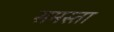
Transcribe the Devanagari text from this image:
समस्ता